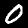
Label: 0